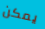
يمكن